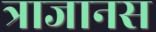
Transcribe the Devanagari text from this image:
त्राजानस